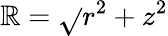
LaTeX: \mathbb{R}=\sqrt{}{{r^{2}+z^{2}}}